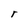
Character: r